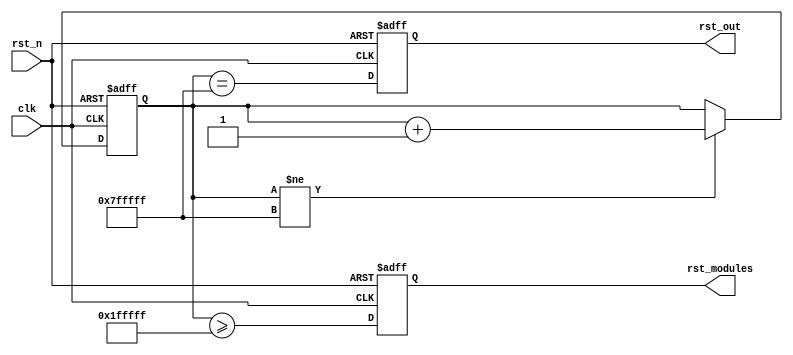
//////////////////////////////////////////////////////////////////////////////////
// Dmitry Koroteev
// korob14@gmail.com
//////////////////////////////////////////////////////////////////////////////////
module rst_delay
#(
	parameter FAST_SIM = 0
)
(
	input clk,
	input rst_n,
	output reg rst_modules,
	output reg rst_out
);
reg [22:0] rst_cnt;

always @ (posedge clk or negedge rst_n)
if (!rst_n)
	rst_cnt <= 0;
else if (rst_cnt != 23'h7FFFFF)
	rst_cnt <= rst_cnt + 1'b1;

always @ (posedge clk or negedge rst_n)
if (!rst_n) begin
	rst_modules <= 0;
	rst_out <= 0;
	end
else begin
	rst_modules <= FAST_SIM ? rst_n : (rst_cnt >= 23'h1FFFFF);	
	rst_out <= FAST_SIM ? rst_n : (rst_cnt == 23'h7FFFFF);
	end

endmodule